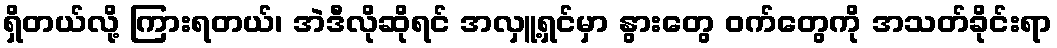
ရှိတယ်လို့ ကြားရတယ်၊ အဲဒီလိုဆိုရင် အလှူ့ရှင်မှာ နွားတွေ ဝက်တွေကို အသတ်ခိုင်းရာ